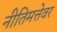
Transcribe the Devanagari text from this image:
नीतिमत्तेवर